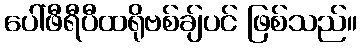
ပေါ်ဖီရီပီထရိုဗစ်ချ်ပင် ဖြစ်သည်။